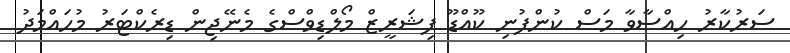
ސަރުކާރު ހިއްސާވާ މަސް ކުންފުނި ކޫއްޑޫ ފިޝަރީޒް މޯލްޑިވްސްގެ މެނޭޖިން ޑިރެކްޓަރު މުހައްމަދު